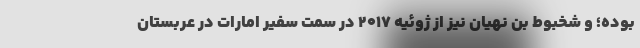
بوده؛ و شخبوط بن نهیان نیز از ژوئیه ۲۰۱۷ در سمت سفیر امارات در عربستان